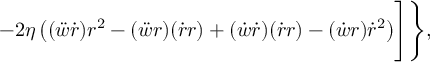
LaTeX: - 2 \eta \left( ( \ddot { w } \dot { r } ) r ^ { 2 } - ( \ddot { w } r ) ( \dot { r } r ) + ( \dot { w } \dot { r } ) ( \dot { r } r ) - ( \dot { w } r ) \dot { r } ^ { 2 } \right) \Biggr ] \Biggr \} ,